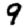
Digit: 9